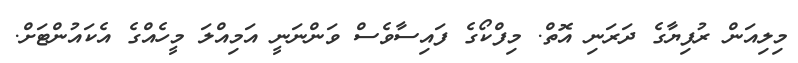
މިލިއަން ރުފިޔާގެ ދަރަނި އޮތް. މިފްކޯގެ ފައިސާވެސް ވަންނަނީ އަމިއްލަ މީހެއްގެ އެކައުންޓަށް.